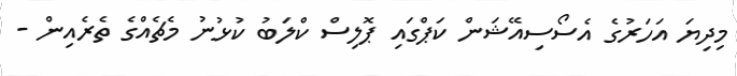
މިދިޔަ އަހަރުގެ އެސޯސިއޭޝަން ކަޕްގައި ޕޮލިސް ކްލަބު ކުޅުނު މެޗެއްގެ ތެރެއިން -